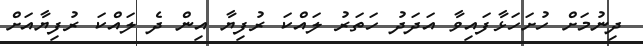
ދިނުމަށް ހުށަހަޅާފައިވާ އަދަދު ހަތަރު ލައްކަ ރުފިޔާ އިން ދެ ލައްކަ ރުފިޔާއަށް